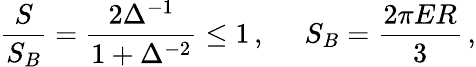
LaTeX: \frac{S}{S_{B}}=\frac{2\Delta^{-1}}{1+\Delta^{-2}}\le 1\, ,\, \, \, \, \, \, \, \, S_{B}=\frac{2\pi ER}{3}\, ,